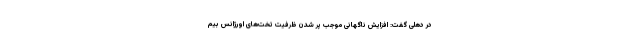
در دهلی گفت: افزایش ناگهانی موجب پر شدن ظرفیت تخت‌های اورژانس بیم